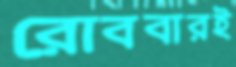
রোববারই